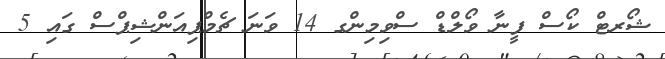
ޝޯރޓް ކޯސް ފީނާ ވޯލްޑް ސްވިމިންގ 14 ވަނަ ޗެމްޕިއަންޝިޕްސް ގައި 5